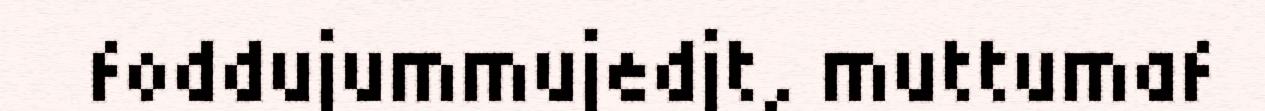
foddujummujedjt, muttumaf